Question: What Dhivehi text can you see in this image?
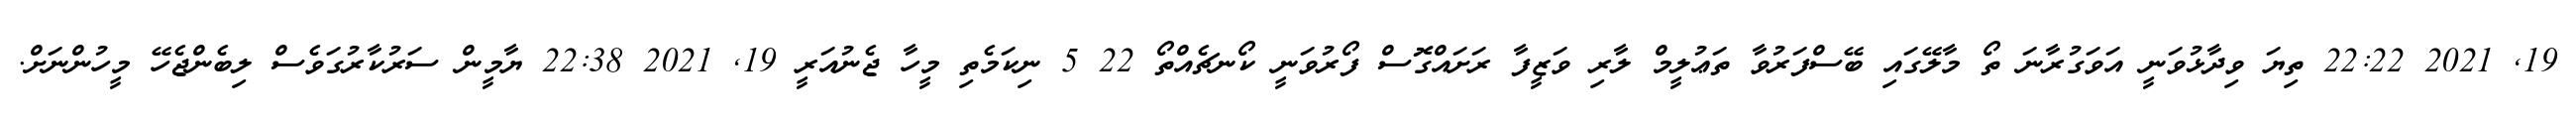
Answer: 19, 2021 22:22 ތިޔަ ވިދާޅުވަނީ އަވަގުރާނަ ތޯ މާލޭގައި ބޭސްފަރުވާ ތަޢުލީމް ލާރި ވަޒީފާ ރަށައްގޮސް ފޯރުވަނީ ކޯނޗެއްތޯ 22 5 ނިކަމެތި މީހާ ޖެނުއަރީ 19, 2021 22:38 ޔާމީން ސަރުކާރުގަވެސް ލިބެންޖެހޭ މީހުންނަށް.